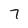
Character: 7